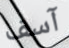
آسف